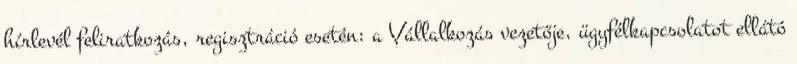
hírlevél feliratkozás, regisztráció esetén: a Vállalkozás vezetője, ügyfélkapcsolatot ellátó